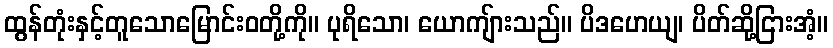
ထွန်တုံးနှင့်တူသောမြောင်းဝတို့ကို။ ပုရိသော၊ ယောကျ်ားသည်။ ပိဒဟေယျ၊ ပိတ်ဆို့ငြားအံ့။